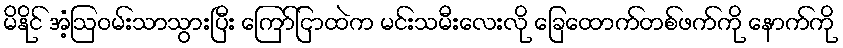
မိနိုင် အံ့ဩဝမ်းသာသွားပြီး ကြော်ငြာထဲက မင်းသမီးလေးလို ခြေထောက်တစ်ဖက်ကို နောက်ကို